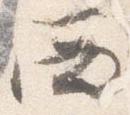
西